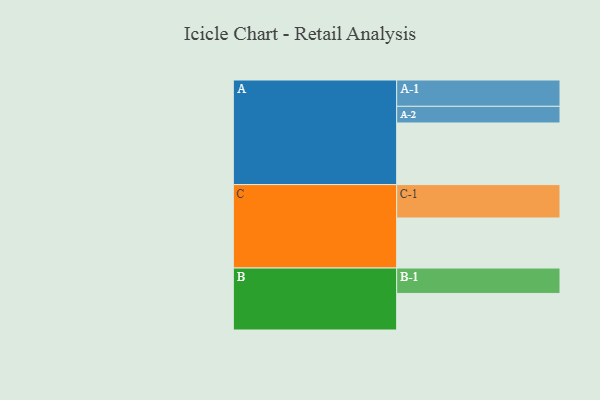
{"axis": {"x": "Segment", "y": "Value"}, "legend": ["", "A", "B", "C"], "data": [{"x": "A", "y": 548, "type": ""}, {"x": "B", "y": 325, "type": ""}, {"x": "C", "y": 445, "type": ""}, {"x": "A-1", "y": 234, "type": "A"}, {"x": "A-2", "y": 148, "type": "A"}, {"x": "B-1", "y": 226, "type": "B"}, {"x": "C-1", "y": 297, "type": "C"}]}